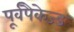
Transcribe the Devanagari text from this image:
पूर्वपैकेज्ड